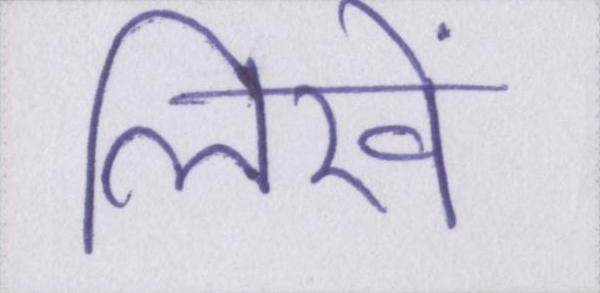
लिखें